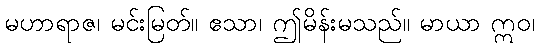
မဟာရာဇ၊ မင်းမြတ်။ ဧသာ၊ ဤမိန်းမသည်။ မာယာ ဣဝ၊